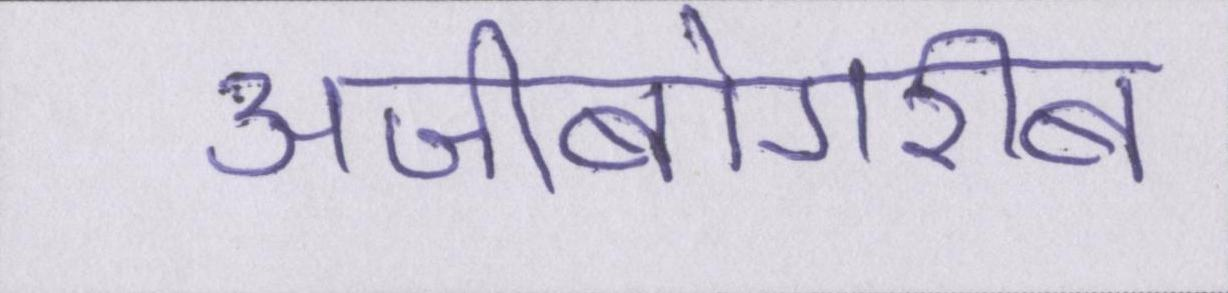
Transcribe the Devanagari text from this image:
अजीबोगरीब